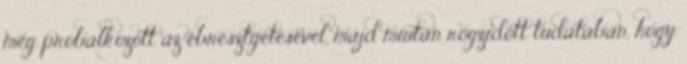
még próbálkozott az ébresztgetésével, majd miután rögzıdött tudatában, hogy